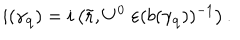
i ( \gamma _ { \bf q } ) = i \left( \tilde { \bf r } , U ^ { 0 } \; \varepsilon ( b ( \gamma _ { \bf q } ) ) ^ { - 1 } \right) .